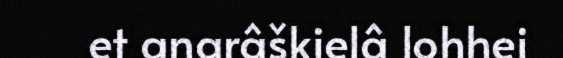
et anarâškielâ lohhei